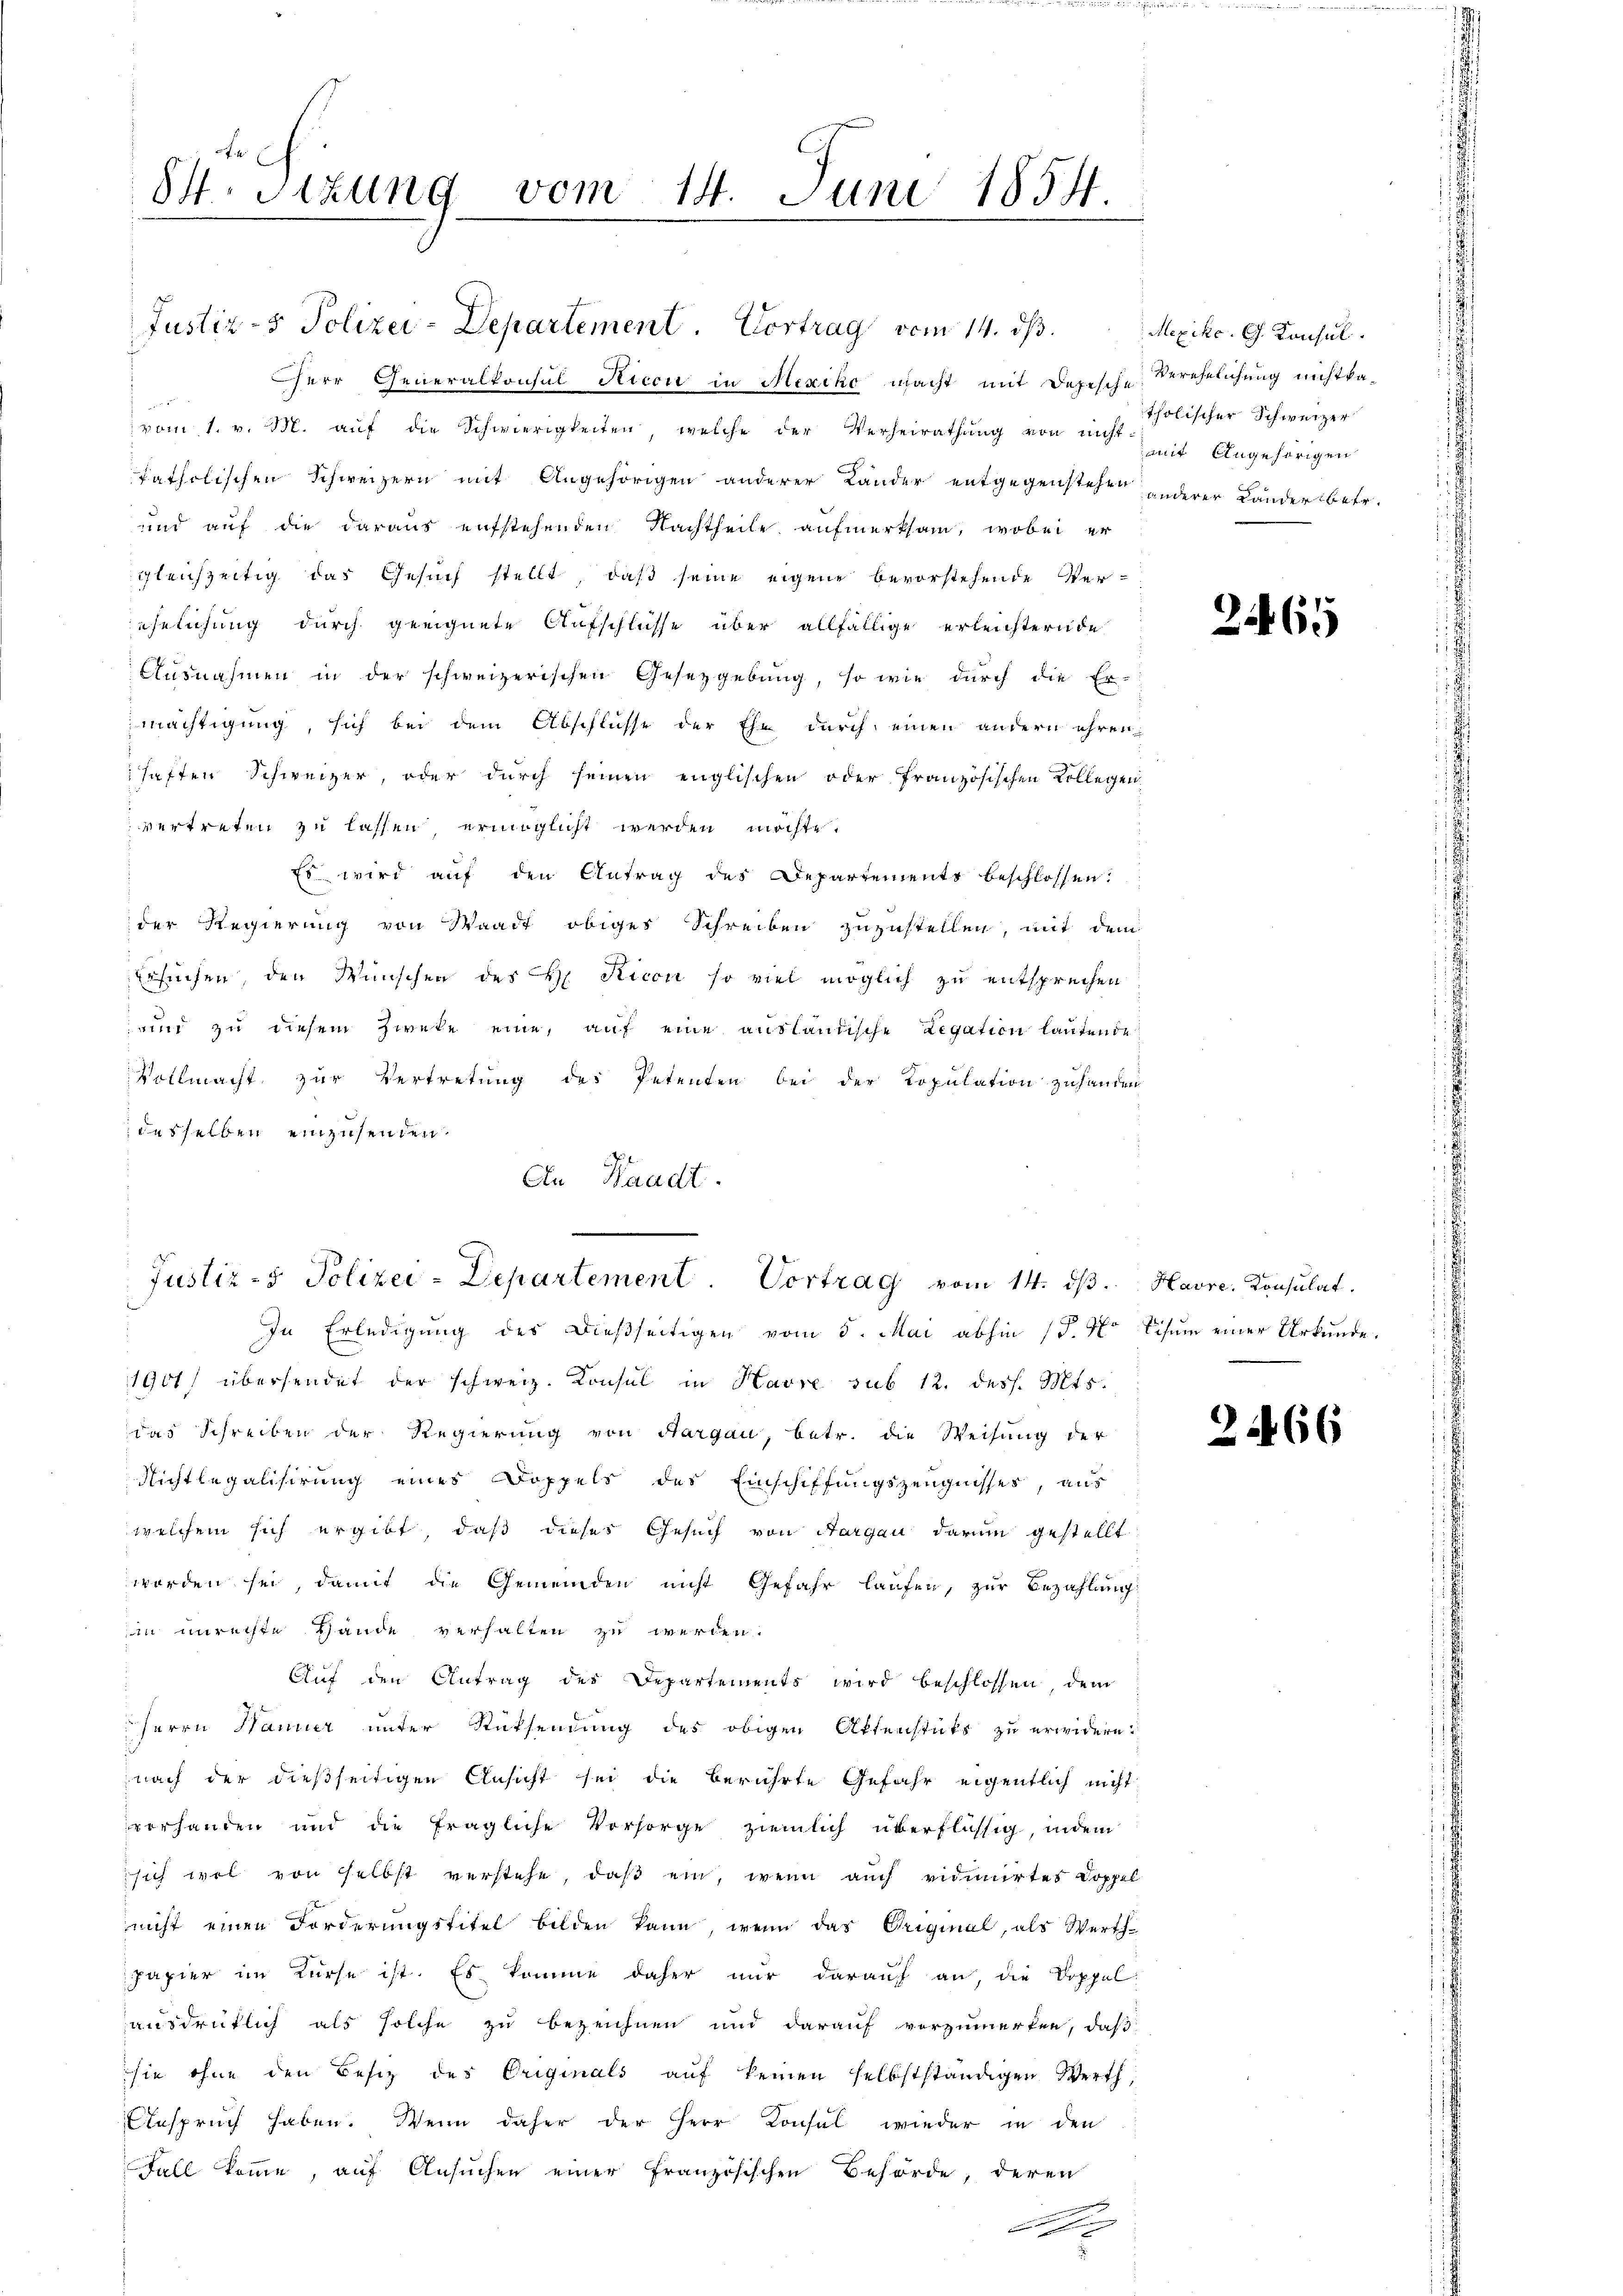
St. Sitzung vom 14. Juni 1854
u

Justiz- & Polizei-Departement. Vortrag vom 14. ds.
Herr Generalkonsul Ricot in Mexiko macht mit Depesche Verehelichung nichtka-
r
vom 1. v. M. aŭf die Schwierigkeiten, welche der Verheirathŭng von nicht mit Angehörigen
fatholischen Schweizern mit Angehörigen anderer Länder entgegenstehen anderer Lander betr.
und auf die daraus aufstehenden Nachtheile aufmerksam, wobei er
gleichzeitig das Gesuch stellt, daß seine eigene bevorstehende Ver-
ehelichung durch geeignete Aufschlüsse über allfällige erleichternde
Ausnahmen in der schweizerischen Gesetzgebung, so wie durch die Er-
mächtigung, sich bei dem Abschlüsse der Ehe durch einen andern ehren
haften Schweizer, oder durch seinen englischen oder französischen Kollegen
vertreten zu lassen, ermöglicht werden möchte.
Es wird auf den Antrag des Departements beschlossen:
der Regierung von Waadt obiges Schreiben zuzustellen, mit dem
Ersuchen, den Wünschen des H. Ricon so viel möglich zu entsprechen
rund zu diesem Zweke eine, auf eine ausländische Legation lautende
Vollmacht zur Vertretung des Petenten bei der Population zuhanden
desselben einzusenden.
1901 übersendet der schweiz. Konsul in Havre sub 12. dess. Mts.
das Schreiben der Regierung von Hargau, betr. die Weisung der
Nichtlegalisirung eines Doppels des Einschiffungszeugnisses, aus
welchem sich ergibt, daß dieses Gesuch von Aargau darum gestellt
worden sei, damit die Gemeinden nicht Gefahr laufen, zur Bezahlung
in unrechte Hände verhalten zu werden.
Auf den Antrag des Departements wird beschlossen, dem
Herrn Manier unter Rücksendung des obigen Aktenstücks zu erwidern:
nach der dießseitigen Ansicht sei die berührte Gefahr eigentlich nicht
vorhanden und die fragliche Vorsorge ziemlich überflüssig, indem
sich wol von selbst verstehe, daß ein, wenn auch vidimirtes Doppel
nicht einen Forderungstitel bilden kann, wenn das Original, als Werth-
papier im Kurse ist. Es komme daher nur darauf an, die Doppel
ausdrüklich als solche zu bezeichnen und darauf vorzumerken, daß
sie ohne den Besiz des Originals auf keinen selbstständigen Werth,
Anspruch haben. Wenn daher der Herr Konsul wieder in den
Fall komme, auf Ansuchen einer französischen Behörde, deren

An Waadt.
Justiz- & Polizei-Departement. Vortrag vom 14. dβ. Havre, Konsulat
In Erledigung der dießseitigen vom 5. Mai abhin (S. 4 Schum einer Urkunde.

Mexiko. G. Konsul
tholischer Schweizer

2461

2466